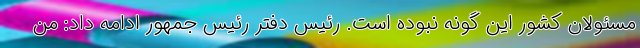
مسئولان کشور این گونه نبوده است. رئیس دفتر رئیس جمهور ادامه داد: من